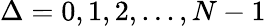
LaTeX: \Delta=0,1,2,...,N-1